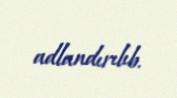
adlandırılıb.